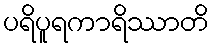
ပရိပူရကာရိဿာတိ